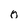
Character: o